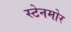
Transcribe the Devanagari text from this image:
स्टेनमोर